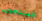
المنتجون